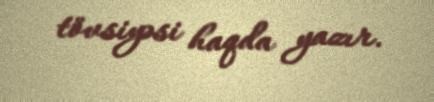
tövsiyəsi haqda yazır.